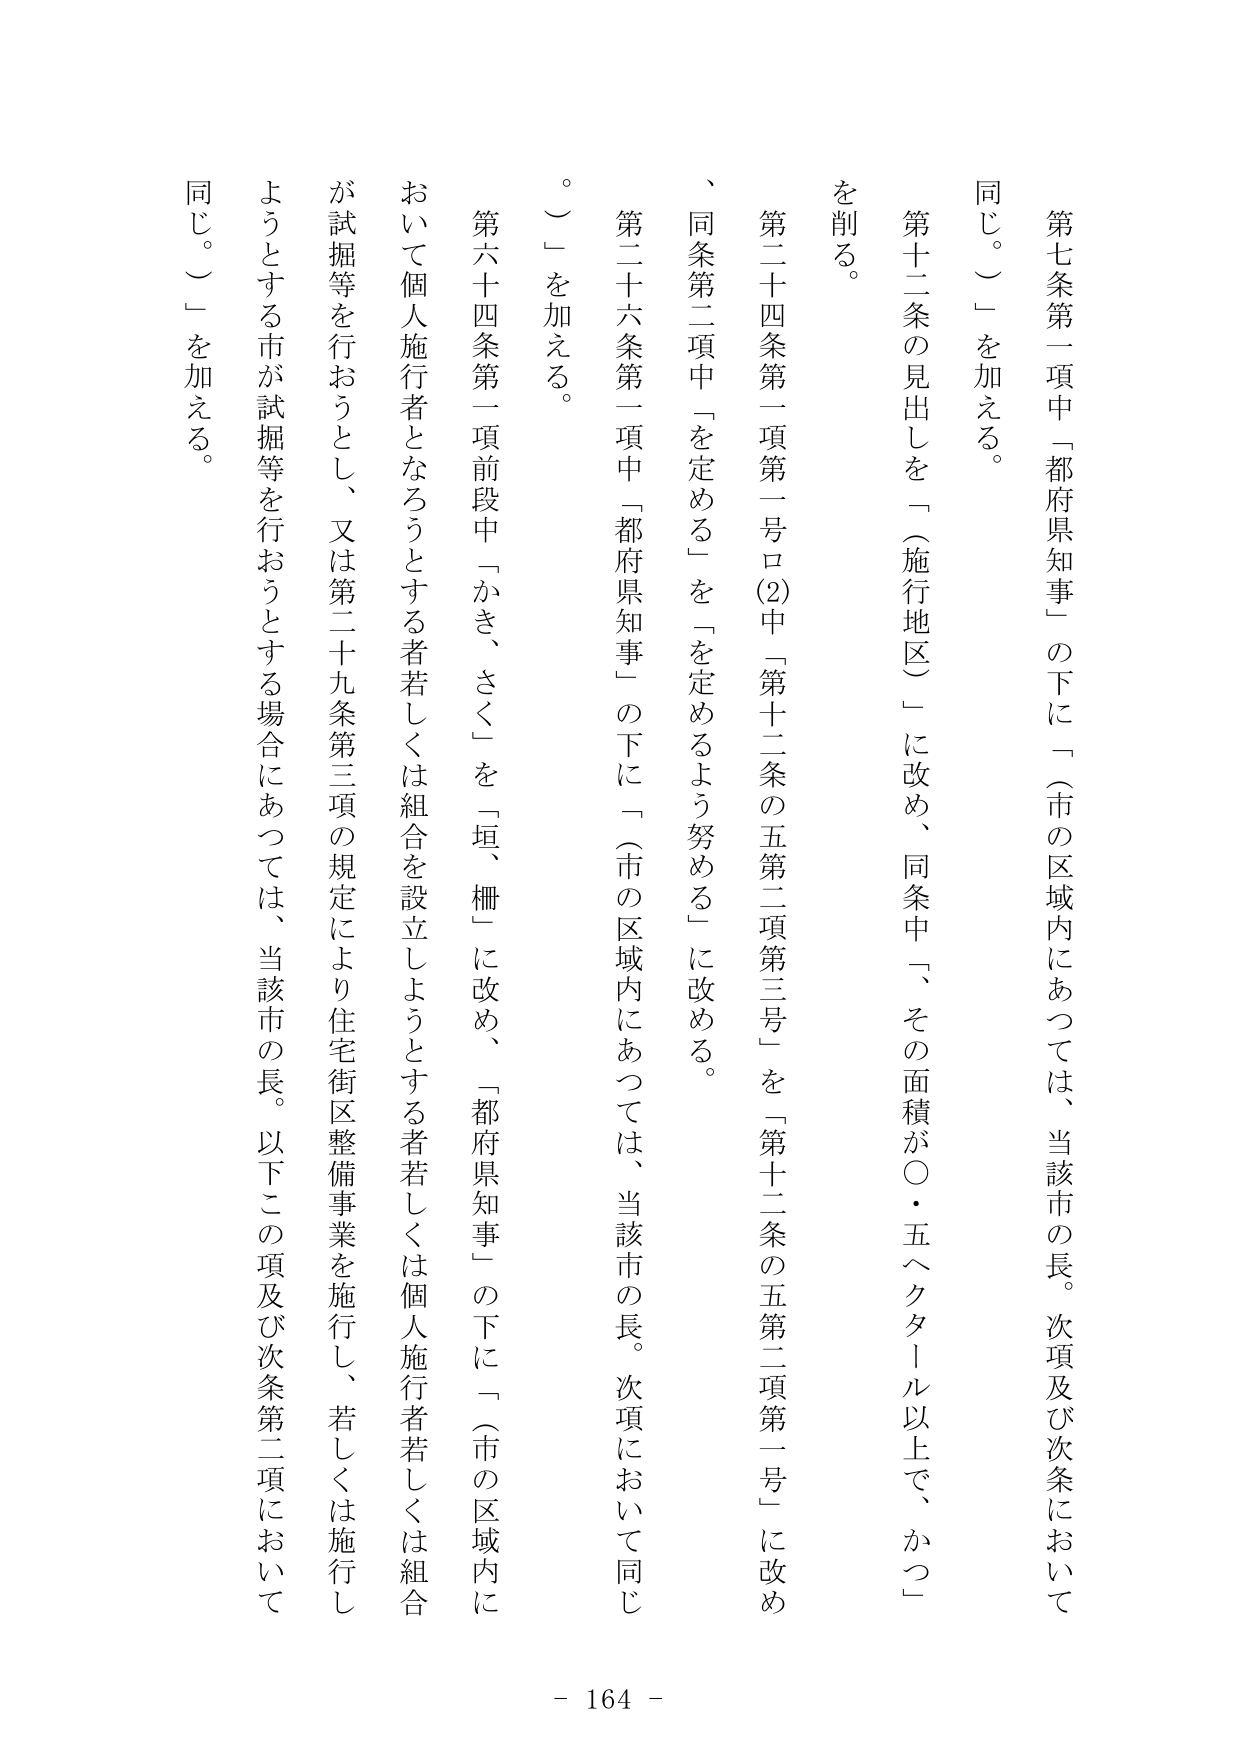
第七条第一項中「都府県知事」の下に「（市の区域内にあつては、当該市の長。次項及び次条において同じ。）」を加える。

第十二条の見出しを「（施行地区）」に改め、同条中「、その面積が〇・五ヘクタール以上で、かつ」を削る。

第二十四条第一項第一号ロ(2)中「第十二条の五第二項第三号」を「第十二条の五第二項第一号」に改め、同条第二項中「を定める」を「を定めるよう努める」に改める。

第二十六条第一項中「都府県知事」の下に「（市の区域内にあつては、当該市の長。次項において同じ。）」を加える。

第六十四条第一項前段中「かき、さく」を「垣、柵」に改め、「都府県知事」の下に「（市の区域内において個人施行者となろうとする者若しくは組合を設立しようとする者若しくは個人施行者若しくは組合が試掘等を行おうとし、又は第二十九条第三項の規定により住宅街区整備事業を施行し、若しくは施行しようとする市が試掘等を行おうとする場合にあつては、当該市の長。以下この項及び次条第二項において同じ。）」を加える。

- 164 -